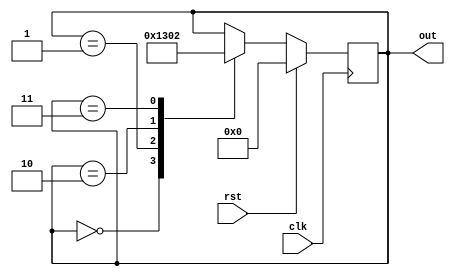
module gray_code_ring_counter (
    input wire clk, // Clock input
    input wire rst, // Reset input
    output reg [n-1:0] out // Output of the Gray code ring counter
);

parameter n = 4; // Number of bits in the Gray code ring counter

reg [n-1:0] state; // Current state of the counter

always @(posedge clk) begin
    if (rst) begin
        state <= 0;
    end else begin
        case(state)
            0: state <= 1;
            1: state <= 3;
            2: state <= 0;
            3: state <= 2;
            // Add more cases for larger ring counter
        endcase
    end
end

assign out = state;

endmodule